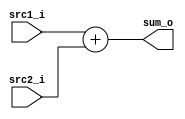
//Subject:     CO project 2 - Adder
//--------------------------------------------------------------------------------
//Version:     1
//--------------------------------------------------------------------------------
//Writer:      109550136 
//----------------------------------------------
//Date:        
//----------------------------------------------
//Description: 
//--------------------------------------------------------------------------------

module Adder(
    src1_i,
	src2_i,
	sum_o
	);
     
//I/O ports
input  [32-1:0]  src1_i;
input  [32-1:0]	 src2_i;
output [32-1:0]	 sum_o;

//Internal Signals
wire    [32-1:0]	 sum_o;

//Parameter
    
//Main function
assign sum_o = src1_i + src2_i;

endmodule